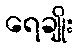
ရေချိုး